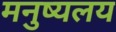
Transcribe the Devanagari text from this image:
मनुष्यलय